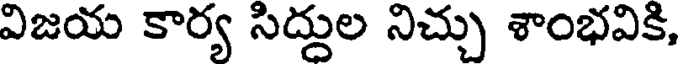
విజయ కార్య సిద్దుల నిచ్చు శాంభవికి,